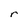
Character: r